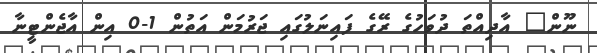
ނޫން" އާދިއްތަ ދުވަހުގެ ރޭގެ ފައިނަލުގައި ޖަރުމަން އަތުން 1-0 އިން އާޖެންޓީނާ